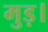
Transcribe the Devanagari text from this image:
मुड़।